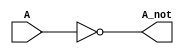
`timescale 1ns / 1ps



module inverter(A,A_not);
input A;
output A_not;
not not1(A_not, A);


endmodule